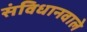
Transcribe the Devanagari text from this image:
संविधानवाले